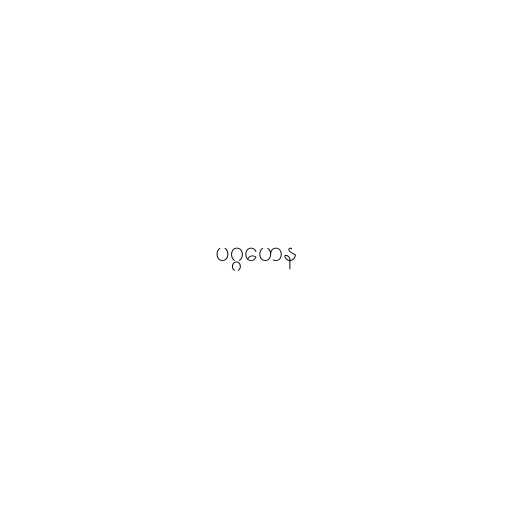
ပဂ္ဂဟေန